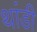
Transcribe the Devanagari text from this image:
थांडी